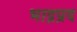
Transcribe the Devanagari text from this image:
भाद्रप्रद